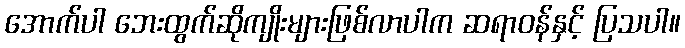
အောက်ပါ ဘေးထွက်ဆိုကျိုးများဖြစ်လာပါက ဆရာဝန်နှင့် ပြသပါ။